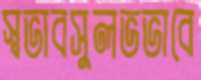
স্বভাবসুলভভাবে